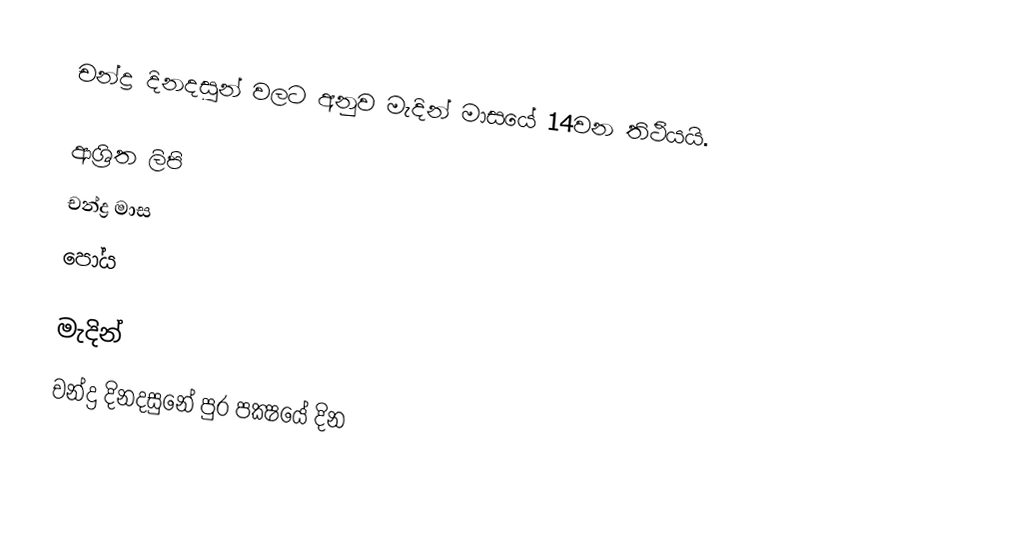
චන්ද්‍ර දිනදසුන් වලට අනුව මැදින් මාසයේ 14වන තිථියයි.

ආශ්‍රිත ලිපි
 චන්ද්‍ර මාස
 පෝය

මැදින්
චන්ද්‍ර දිනදසුනේ පුර පක්‍ෂයේ දින